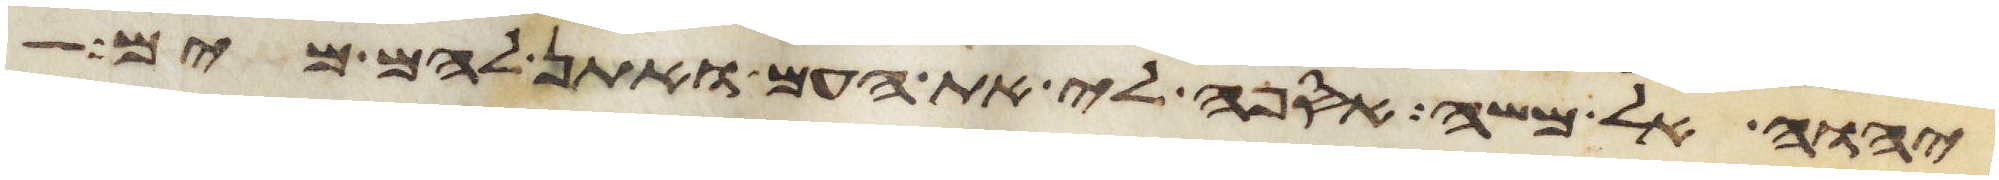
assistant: יהוה אל משה אספה לי את העם ואתן להם מים